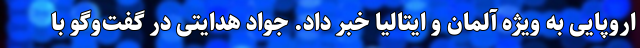
اروپایی به ویژه آلمان و ایتالیا خبر داد. جواد هدایتی در گفت‌وگو با